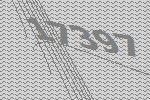
17397